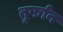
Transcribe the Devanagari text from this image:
तुर्फान